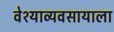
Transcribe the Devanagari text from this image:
वेश्याव्यवसायाला